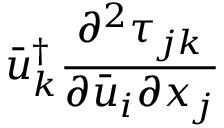
{ \bar { u } _ { k } ^ { \dag } \frac { { { \partial ^ { 2 } } { \tau _ { j k } } } } { { \partial { { \bar { u } } _ { i } } \partial { x _ { j } } } } }